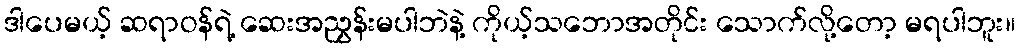
ဒါပေမယ့် ဆရာဝန်ရဲ့ ဆေးအညွှန်းမပါဘဲနဲ့ ကိုယ့်သဘောအတိုင်း သောက်လို့တော့ မရပါဘူး။